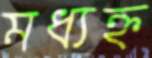
মধ্যহ্ন